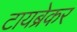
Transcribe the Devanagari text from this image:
टायब्रेकर